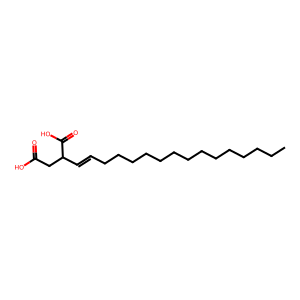
SMILES: CCCCCCCCCCCCCCC=CC(CC(=O)O)C(=O)O
Inhibits HIV replication: No